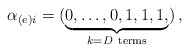
\begin{align*} \alpha_{(e) i}= (\underbrace {0,\dots,0, 1, 1,1, }_{k=D \rm~ terms})\, ,\end{align*}